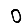
Digit: 0